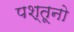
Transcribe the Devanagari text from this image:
पश्तूनो